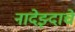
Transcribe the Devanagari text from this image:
नादेझ्दाचे